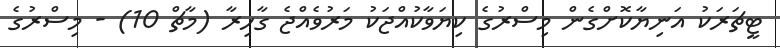
ޓީޗަރަކު އަނިޔާކޮށްގެން މިސްރުގެ ކިޔަވާކުއްޖަކު މަރުވެއްޖެ ގާހިރާ (މާޗް 10) - މިސްރުގެ